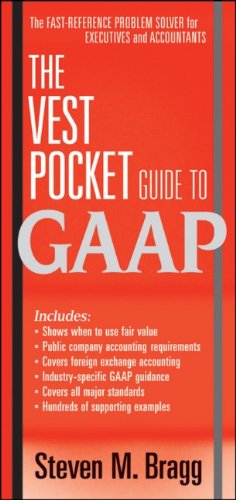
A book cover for The Vest Pocket Guide to GAAP; Steven M. Bragg; Test Preparation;